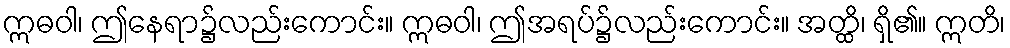
ဣဓဝါ၊ ဤနေရာ၌လည်းကောင်း။ ဣဓဝါ၊ ဤအရပ်၌လည်းကောင်း။ အတ္ထိ၊ ရှိ၏။ ဣတိ၊